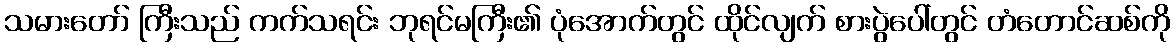
သမားတော် ကြီးသည် ကက်သရင်း ဘုရင်မကြီး၏ ပုံအောက်တွင် ထိုင်လျက် စားပွဲပေါ်တွင် တံတောင်ဆစ်ကို